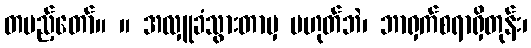
တပည့်တော်။ ။ အလှူခံသွားတာမှ မဟုတ်ဘဲ၊ ဘာရှက်စရာရှိတုန်း၊